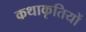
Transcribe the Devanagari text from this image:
कथाकृतियों